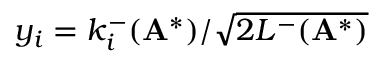
y _ { i } = k _ { i } ^ { - } ( \mathbf { A } ^ { * } ) / \sqrt { 2 L ^ { - } ( \mathbf { A } ^ { * } ) }